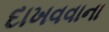
દાખવવાના